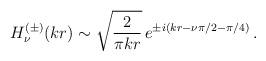
LaTeX: \begin{align*}H_{\nu}^{(\pm)}(kr)\sim\sqrt{\frac{2}{\pi k r}}\,e^{\pm i (k r - \nu \pi/2 - \pi/4)}\,.\end{align*}